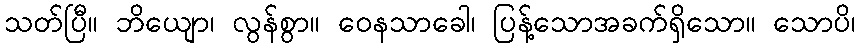
သတ်ပြီ။ ဘိယျော၊ လွန်စွာ။ ဝေနသာခေါ၊ ပြန့်သောအခက်ရှိသော။ သောပိ၊